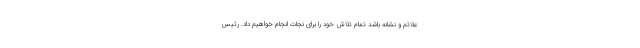
علائم و نشانه باشد تمام تلاش خود را برای نجات انجام خواهیم داد. رئیس